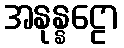
အနုန္နဠော